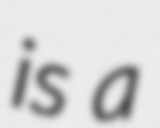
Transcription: is a